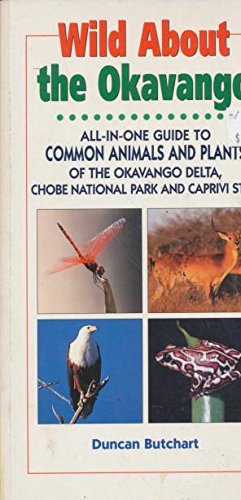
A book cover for Wild About the Okavango: All-In-One Guide to Common Animals and Plants of the Okavango Delta, Chobe and East Caprivi (Wild About: Field Guide to Common Animals & Plants); Duncan Butchart; Travel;